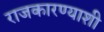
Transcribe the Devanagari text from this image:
राजकारण्याशी